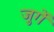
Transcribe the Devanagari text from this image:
जुर्गें